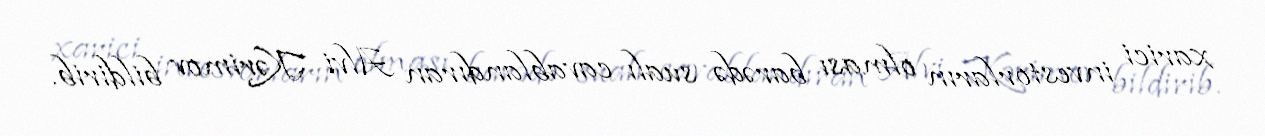
xarici investorların olması barədə sualı cavablandıran Alvi Kərimov bildirib.